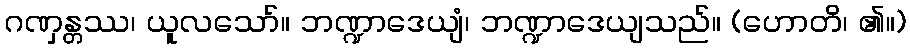
ဂဏှန္တဿ၊ ယူလသော်။ ဘဏ္ဍာဒေယျံ၊ ဘဏ္ဍာဒေယျသည်။ (ဟောတိ၊ ၏။)